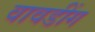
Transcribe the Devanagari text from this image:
वावडींग